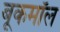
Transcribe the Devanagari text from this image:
बूकमॉल